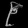
Digit: ၉